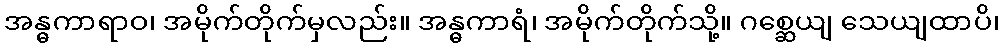
အန္ဓကာရာဝ၊ အမိုက်တိုက်မှလည်း။ အန္ဓကာရံ၊ အမိုက်တိုက်သို့။ ဂစ္ဆေယျ သေယျထာပိ၊